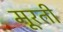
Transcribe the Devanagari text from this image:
मूरती